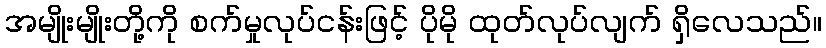
အမျိုးမျိုးတို့ကို စက်မှုလုပ်ငန်းဖြင့် ပိုမို ထုတ်လုပ်လျက် ရှိလေသည်။